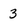
Character: 3